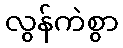
လွန်ကဲစွာ